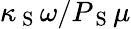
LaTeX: \kappa_{\mathrm{~S~}}\omega/P_{\mathrm{~S~}}\mu